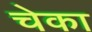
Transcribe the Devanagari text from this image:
चेका